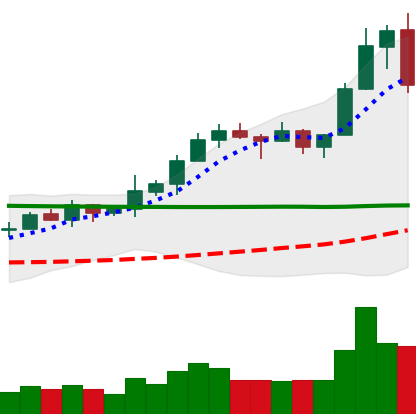
Ticker: XRP-USD
Chart end date: 2020-02-15
Forward return: -11.05%
Label: down_7plus